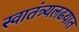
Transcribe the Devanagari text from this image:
स्वातंत्र्यलढयात